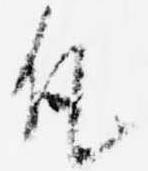
凡